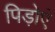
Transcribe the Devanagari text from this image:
पिड़ोएं